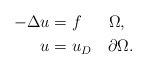
\begin{align*}-\Delta u&=f\ \ \quad\Omega,\\u&=u_D\quad\partial\Omega.\end{align*}